Civil Veterinary Department Bihar reports 1940-50 - 1940-1950
Year: 1940
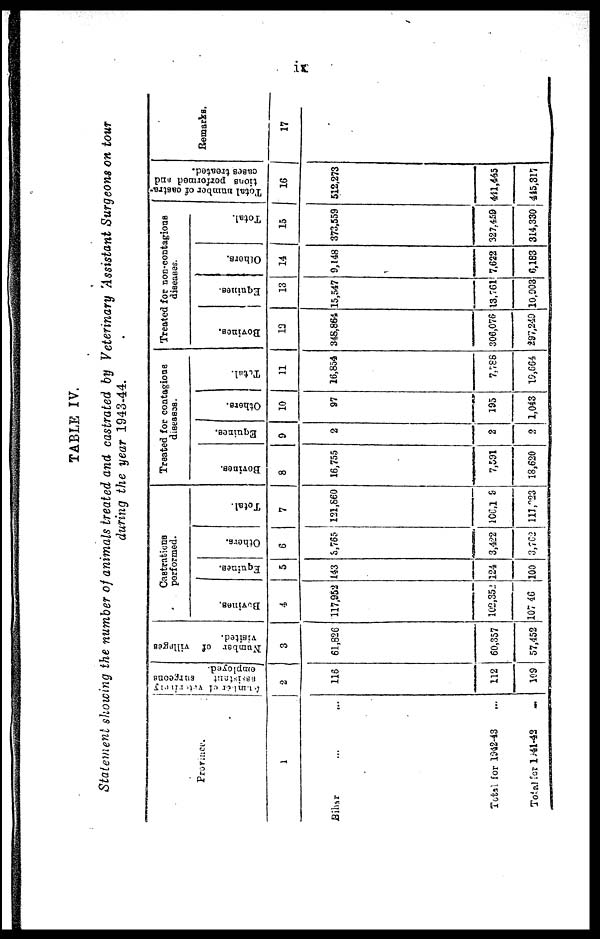
ix
TABLE IV.
Statement showing the number of animals treated and castrated by Veterinary Assistant Surgeons on tour
during the year 1943-44.
Province.
1
Bihar ... ...
Total for 1942-43 ...
Total for 1941-42 ...
Number of Veterinary
assistant
surgeons
employed.
2
116
112
109
Number of villages
visited.
3
61,826
60,357
57,452
Castrations
performed.
Bovines.
4
117,952
102,352
107 46
Equines.
5
143
124
100
Others.
6
3,765
3,422
3,762
Total.
7
121,860
106,1 9
111,223
Treated for contagious
diseases.
Bovines.
8
16,755
7,591
18,620
Equines.
9
2
2
2
Others.
10
97
195
1,043
Total.
11
16,854
7,788
19,564
Treated for non-contagious
diseases.
Bovines.
12
348,864
306,076
297,249
Equines.
13
15,547
13,761
10,903
Others.
14
9,148
7,622
6,183
Total.
15
373,559
327,459
314,330
Total number of castra-
tions
performed and-
cases treated.
16
512,273
441,445
445,317
Remarks.
17